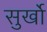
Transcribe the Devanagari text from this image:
सुर्खो